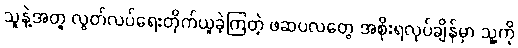
သူနဲ့အတူ လွတ်လပ်ရေးတိုက်ယူခဲ့ကြတဲ့ ဖဆပလတွေ အစိုးရလုပ်ချိန်မှာ သူ့ကို